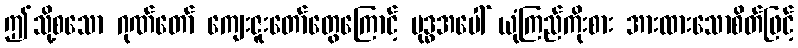
ဤသို့စသော ဂုဏ်တော် ကျေးဇူးတော်တွေကြောင့် ဗုဒ္ဓအပေါ် ယုံကြည်ကိုးစား အားထားသောစိတ်ဖြင့်